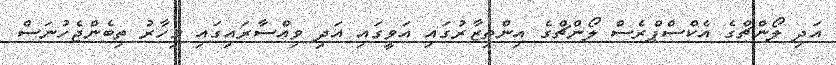
އަދި ލޯންޗްގެ އެކްސްޕްރެސް ލޯންޗްގެ އިންތިޒާރުގައި އަވީގައި އަދި ވިއްސާރައިގައި މިހާރު ތިބެންޖެހުނަސް